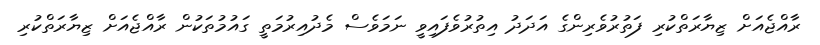
ރާއްޖެއަށް ޒިޔާރަތްކުރި ފަތުރުވެރިންގެ އަދަދު އިތުރުވެފައިވީ ނަމަވެސް މެދުއިރުމަތީ ގައުމުތަކުން ރާއްޖެއަށް ޒިޔާރަތްކުރި